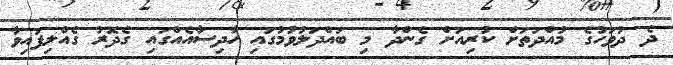
ދެ ދުވަހުގެ މުއްދަތަށް ކުރިއަށް ގެންދާ މި ބަަައްދަލުވުމުގައި ހާދިސާއެއްގައި ގެދޮރު ގެއްލިފައިވާ